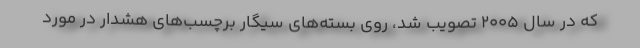
که در سال ۲۰۰۵ تصویب شد، روی بسته‌های سیگار برچسب‌های هشدار در مورد